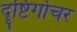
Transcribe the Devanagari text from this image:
दॄष्टिगोचर